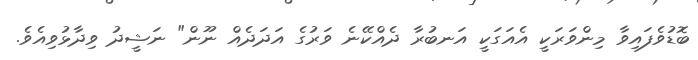
ބޮޑުވެފައިވާ މިންވަރަކީ އެއަގަކީ އަނބުރާ ދެއްކޭނެ ވަރުގެ އަދަދެއް ނޫން" ނަޝީދު ވިދާޅުވިއެވެ.